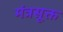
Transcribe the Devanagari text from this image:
मंत्रसूक्त